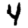
Digit: 4